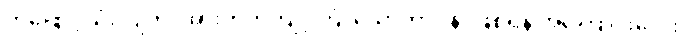
တဖြောင့်သုံးလျက်၊ အားတက်ကျင့်ကြံ၊ သောတာပန်၊ ဖြစ်ရန် အကြောင်းလေး။